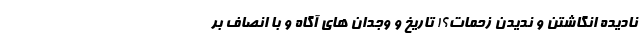
نادیده انگاشتن و ندیدن زحمات؟! تاریخ و وجدان های آگاه و با انصاف بر